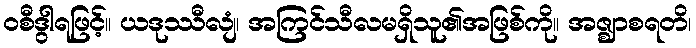
ဝစီဒွါရဖြင့်။ ယဒုဿီလျံ၊ အကြင်သီလမရှိသူ၏အဖြစ်ကို။ အဇ္ဈာစရတိ၊